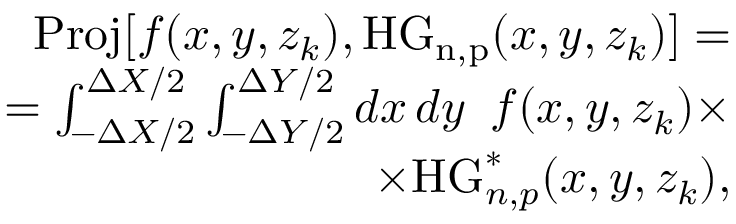
\begin{array} { r } { \mathrm { P r o j } [ f ( x , y , z _ { k } ) , \mathrm { H G _ { n , p } } ( x , y , z _ { k } ) ] = } \\ { = \int _ { - \Delta X / 2 } ^ { \Delta X / 2 } \int _ { - \Delta Y / 2 } ^ { \Delta Y / 2 } \mathop { d x } \mathop { d y } ~ f ( x , y , z _ { k } ) \times } \\ { \times \mathrm { H G } _ { n , p } ^ { * } ( x , y , z _ { k } ) , } \end{array}